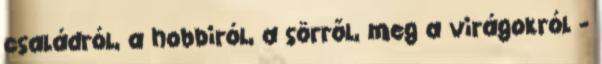
családról, a hobbiról, a sörről, meg a virágokról -